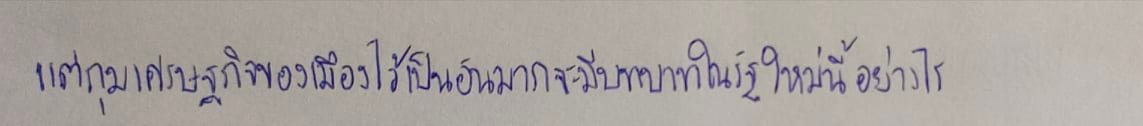
แต่กุมเศรษฐกิจของเมืองไว้เป็นอันมากจะมีบทบาทในรัฐใหม่นี้อย่างไร